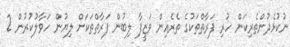
ނުކުޅެދުންތެރިކަން ހުރި ފަރާތްތަކުގެ ތެރެއިން ވަޒީފާ ލިބުން ފަރާތްތަކަށް ލިޔުން ހަވާލުކުރުން 2